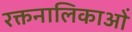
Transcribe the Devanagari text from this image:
रक्तनालिकाओं